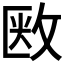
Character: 𢽇